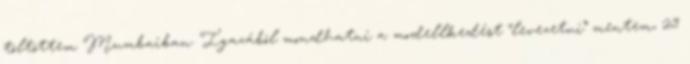
töltöttem Mumbaiban. Igazából mondhatni a modellkedést “levezetni” mentem, 29